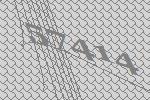
57414